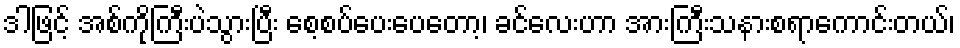
ဒါဖြင့် အစ်ကိုကြီးပဲသွားပြီး စေ့စပ်ပေးပေတော့၊ ခင်လေးဟာ အားကြီးသနားစရာကောင်းတယ်၊